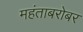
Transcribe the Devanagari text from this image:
महंताबरोबर